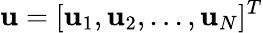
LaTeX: \textbf{u}=[\textbf{u}_{1},\textbf{u}_{2},...,\textbf{u}_{N}]^{T}